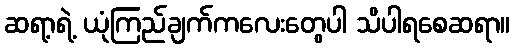
ဆရာ့ရဲ့ ယုံကြည်ချက်ကလေးတွေပါ သိပါရစေဆရာ။